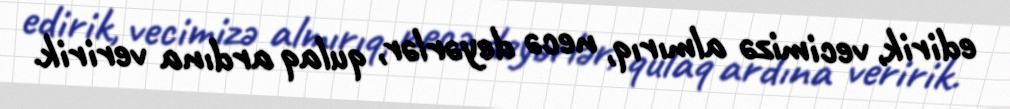
edirik, vecimizə almırıq, necə deyərlər, qulaq ardına veririk.